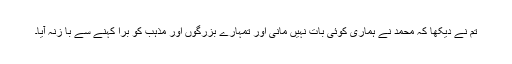
تم نے دیکھا کہ محمدؐ نے ہماری کوئی بات نہیں مانی اور تمہارے بزرگوں اور مذہب کو برا کہنے سے با زنہ آیا۔